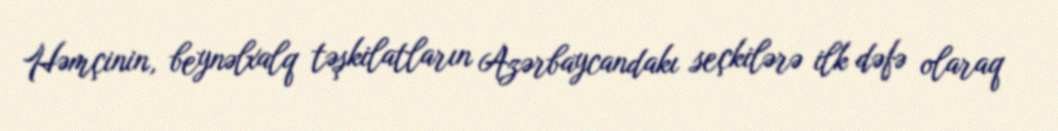
Həmçinin, beynəlxalq təşkilatların Azərbaycandakı seçkilərə ilk dəfə olaraq